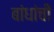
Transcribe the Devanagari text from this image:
बांधांची